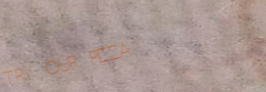
TRY OUR PIZZA